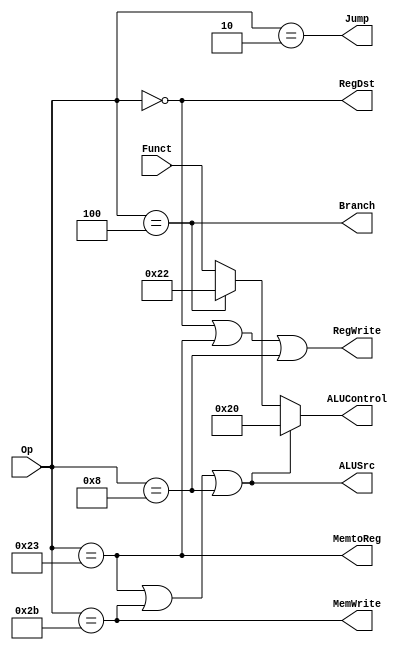
`timescale 1ns / 1ps

module ControlUnit(
      input  [5:0] Op,
      input  [5:0] Funct,
      output       Jump,
      output       MemtoReg,
      output       MemWrite,
      output       Branch,
      output [5:0] ALUControl,
      output       ALUSrc,
      output       RegDst,
      output       RegWrite
    );
	 
//////////////////////////////////////////////////////////////////////////////////
// DEFINE SOME CONSTANTS to make life easier
localparam [5:0] OP_RTYPE = 6'b000000;  // There is an R-Type of Operation
localparam [5:0] OP_LW    = 6'b100011;  // The Load Word operation
localparam [5:0] OP_SW    = 6'b101011;  // The Store Word operation
localparam [5:0] OP_BEQ   = 6'b000100;  // The Branch on Equal operation
localparam [5:0] OP_ADDI  = 6'b001000;  // The ADDimmediate operation
localparam [5:0] OP_J     = 6'b000010;  // The Jump operation

//////////////////////////////////////////////////////////////////////////////////
// DEFINE THE MAIN CONTROL SIGNALS
// The control signals are mostly based on the table 7.5 on page 379
//
// IMPORTANT:
// Map the don't care statements to '0' 
// (The testbench will assume that these have been mapped to '0', although
//  technically any combination of don't cares mapped as '1' would also 
//  execute the lab7a.asm correctly)

// We will write to registers when OP is Rtype or LW or ADDI 

assign RegWrite = (Op == OP_RTYPE) | (Op == OP_LW) | ( Op == OP_ADDI) ; 	 

// Select the input of the ALU
assign ALUSrc   = (Op == OP_LW) | (Op == OP_SW) | (Op == OP_ADDI) ;

// Simple assignments
assign RegDst   = (Op == OP_RTYPE); // The destination is a register
assign Branch   = (Op == OP_BEQ);   // 1: if there is a branch instruction 
assign MemWrite = (Op == OP_SW);    // 1: for Store Word
assign MemtoReg = (Op == OP_LW);	   // 1: when Load Word
assign Jump     = (Op == OP_J);	   // 1: when Jump

//////////////////////////////////////////////////////////////////////////////////
// THE ALU Controls, these are bit more complex
// 
// The book uses a 2 bit ALU word (page 375) 
// The example here is slightly different to allow easier modifications
// in the next laboratory exercises. Essentially the ALU control is equal
// to the Funct part, however for some of the non-R type instructions
// an ALU operation is needed in the background,  both  LW and SW need 
// to calculate the address by adding the 
assign ALUControl = ALUSrc ? 6'b100000 :  // if LW, SW or ADDI, perform an ADD
                    Branch ? 6'b100010 :  // if BEQ, perform a SUB
					             Funct;   // per default assume an R-Type and do what Funct says
	 


endmodule